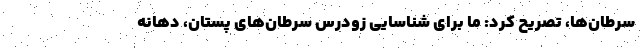
سرطان‌ها، تصریح کرد: ما برای شناسایی زودرس سرطان‌های پستان، دهانه